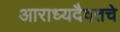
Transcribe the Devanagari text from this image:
आराध्यदैवतचे